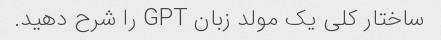
ساختار کلی یک مولد زبان GPT را شرح دهید.